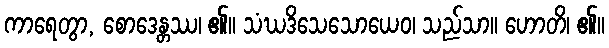
ကာရေတွာ, စောဒေန္တဿ၊ ၏။ သံဃဒိသေသောယေဝ၊ သည်သာ။ ဟောတိ၊ ၏။